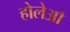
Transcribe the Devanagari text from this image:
होलेओ